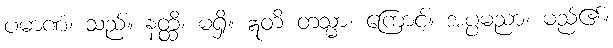
ပမာဏံ၊ သည်။ နတ္ထိ၊ မရှိ။ ဣတိ တသ္မာ၊ ကြောင့်။ အပ္ပမညာ၊ မည်၏။